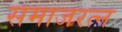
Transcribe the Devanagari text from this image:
समाजरत्न